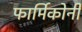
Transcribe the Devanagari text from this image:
फार्मिकोनी